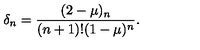
\delta _ { n } = \frac { ( 2 - \mu ) _ { n } } { ( n + 1 ) ! ( 1 - \mu ) ^ { n } } .